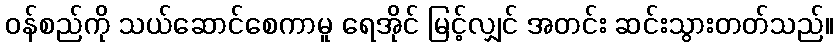
ဝန်စည်ကို သယ်ဆောင်စေကာမူ ရေအိုင် မြင့်လျှင် အတင်း ဆင်းသွားတတ်သည်။